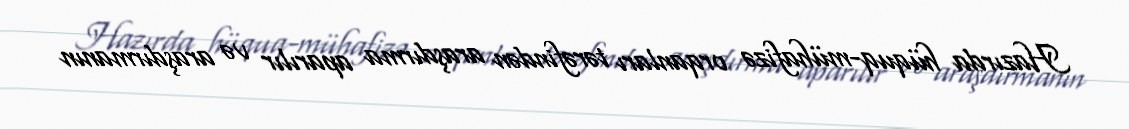
Hazırda hüquq-mühafizə orqanları tərəfindən araşdırma aparılır və araşdırmanın